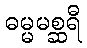
ဓမ္မမစ္ဆရီ